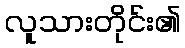
လူသားတိုင်း၏